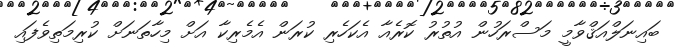
ބައިނަލްއަޤްވާމީ މަސްރަހުން އުތުރު ކޮރެއާ އެކަހެރި ކުރަން އެމެރިކާ އަށް މިހާތަނަށް ކުރިމަތިވެފައި